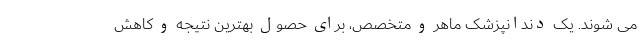
می شوند. یک دندانپزشک ماهر و متخصص، برای حصول بهترین نتیجه و کاهش